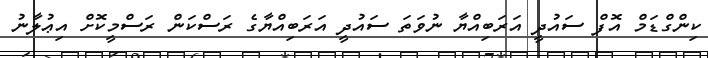
ކިންގްޑަމް އޮފް ސައުދީ އަރަބިއްޔާ ނުވަތަ ސައުދީ އަރަބިއްޔާގެ ރަސްކަން ރަސްމީކޮށް އިޢުލާނު